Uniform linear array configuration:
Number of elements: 24
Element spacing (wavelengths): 1
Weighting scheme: kaiser
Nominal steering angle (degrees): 0
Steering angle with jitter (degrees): -0.4861
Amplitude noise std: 0.05
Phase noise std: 0.05

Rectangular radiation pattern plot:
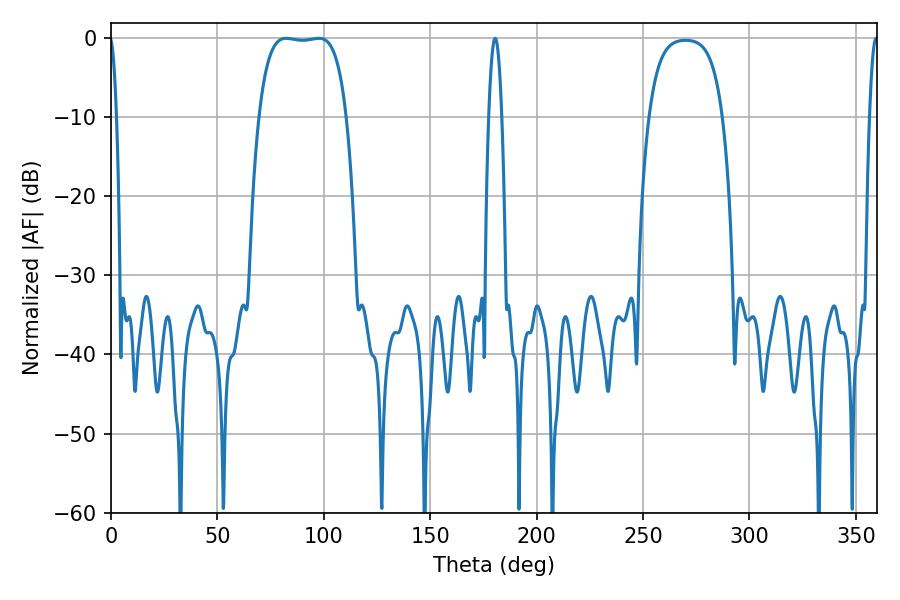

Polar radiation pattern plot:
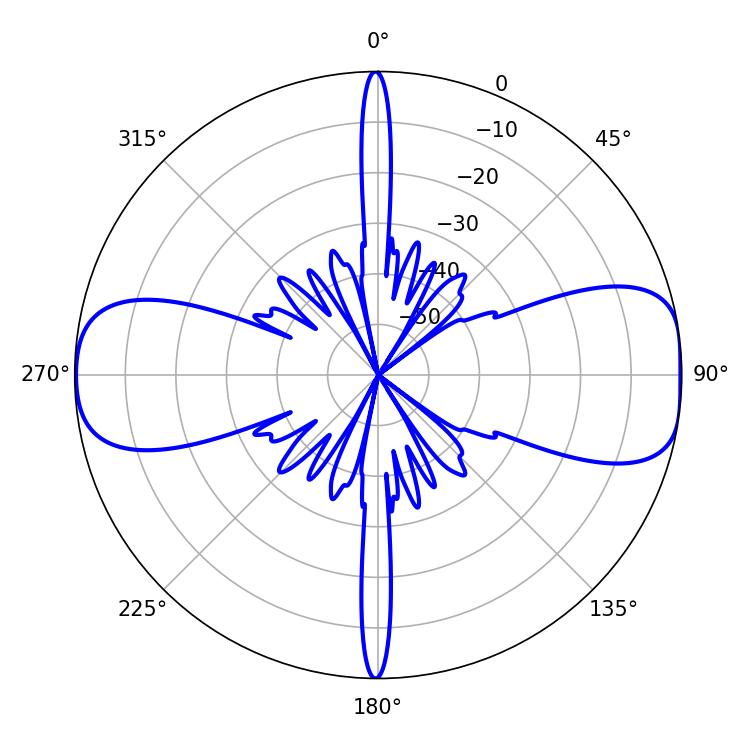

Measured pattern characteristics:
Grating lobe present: TRUE
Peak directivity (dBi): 11.128
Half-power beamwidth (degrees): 32.04
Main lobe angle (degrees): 82.26